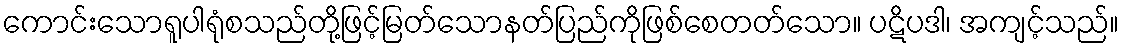
ကောင်းသောရူပါရုံစသည်တို့ဖြင့်မြတ်သောနတ်ပြည်ကိုဖြစ်စေတတ်သော။ ပဋိပဒါ၊ အကျင့်သည်။